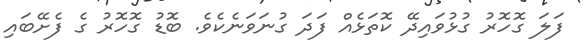
ފަލަ ގޮހޮރު ގުޅުވައިދޭ ކޮތަޅެއް ފަދަ ގުނަވަނެކެވެ. ބޮޑު ގޮހޮރު ގެ ފެށޭބައި